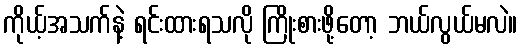
ကိုယ့်အသက်နဲ့ ရင်းထားရသလို ကြိုးစားဖို့တော့ ဘယ်လွယ်မလဲ။